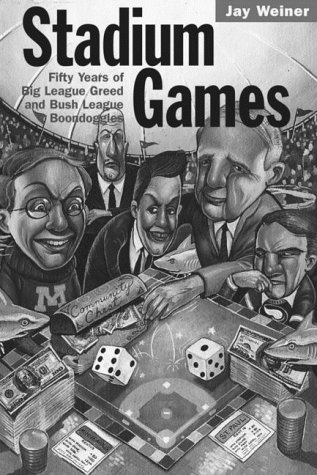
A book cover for Stadium Games: Fifty Years of Big League Greed and Bush League Boondoggles; Jay Weiner; Sports & Outdoors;